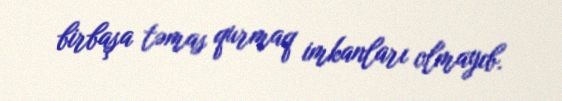
birbaşa təmas qurmaq imkanları olmayıb.